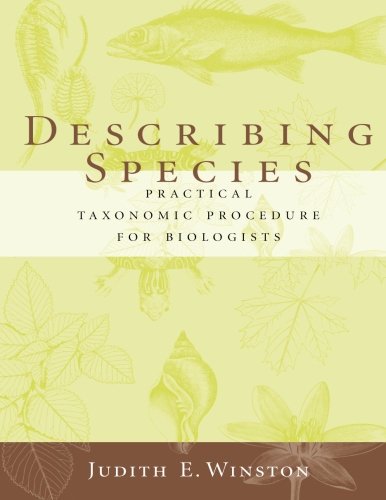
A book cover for Describing Species; Judith Winston; Science & Math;